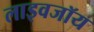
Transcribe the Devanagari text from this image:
लाइवजॉय